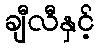
ချီလီနှင့်